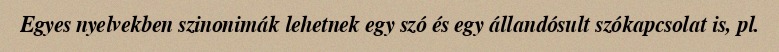
Egyes nyelvekben szinonimák lehetnek egy szó és egy állandósult szókapcsolat is, pl.